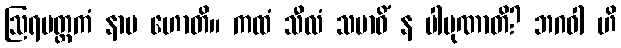
ဩရမတ္တကံ နာမ ဟောတိ။ ကထံ သီလံ သမာဓိံ န ပါပုဏာတိ? ဘဂဝါ ဟိ